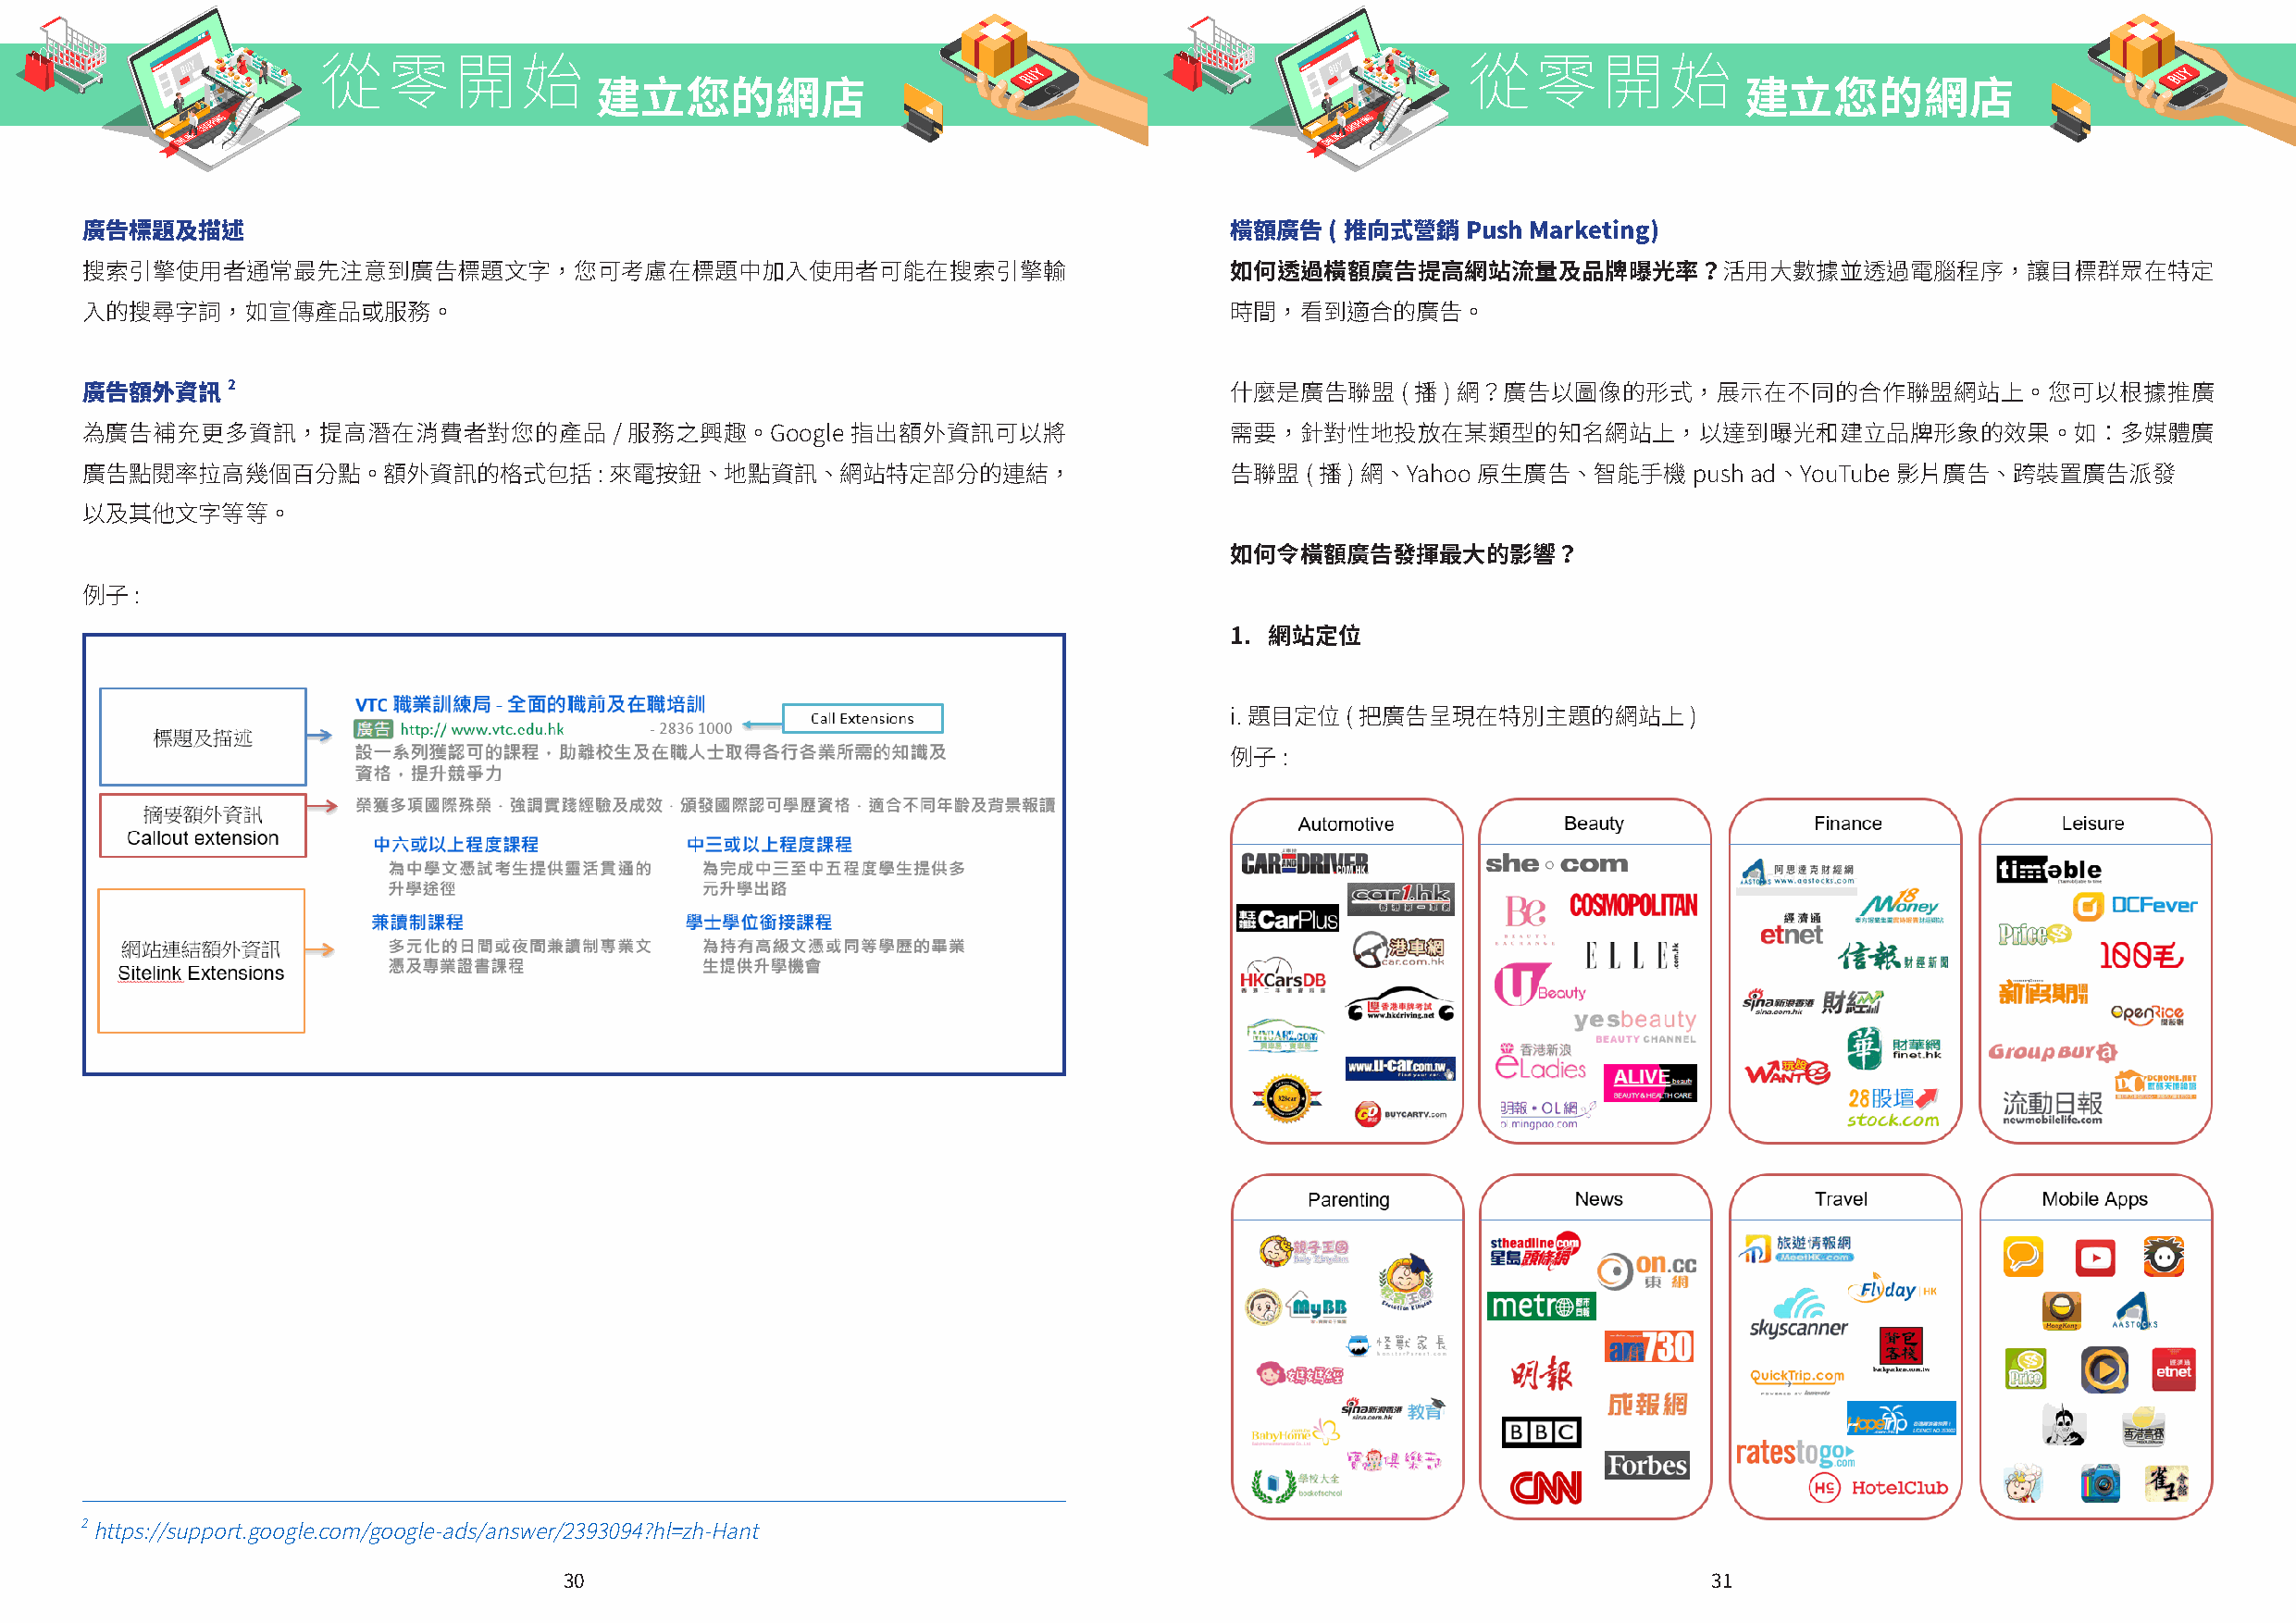
從零開始                                                                              從零開始
 建立您的網店                                                                            建立您的網店
 廣告標題及描述                                                                           橫額廣告   ( 推向式營銷   Push Marketing)
 搜索引擎使用者通常最先注意到廣告標題文字，您可考慮在標題中加入使用者可能在搜索引擎輸                                        如何透過橫額廣告提高網站流量及品牌曝光率？活用大數據並透過電腦程序，讓目標群眾在特定
 入的搜尋字詞，如宣傳產品或服務。                                                                  時間，看到適合的廣告。
 2
 廣告額外資訊                                                                            什麼是廣告聯盟     ( 播 ) 網？廣告以圖像的形式，展示在不同的合作聯盟網站上。您可以根據推廣
 為廣告補充更多資訊，提高潛在消費者對您的產品                / 服務之興趣。Google   指出額外資訊可以將                  需要，針對性地投放在某類型的知名網站上，以達到曝光和建立品牌形象的效果。如：多媒體廣
 廣告點閱率拉高幾個百分點。額外資訊的格式包括:來電按鈕、地點資訊、網站特定部分的連結，                                       告聯盟  ( 播 ) 網、Yahoo 原生廣告、智能手機     push ad、YouTube 影片廣告、跨裝置廣告派發
 以及其他文字等等。
 如何令橫額廣告發揮最大的影響？
 例子  :
 1. 網站定位
 i. 題目定位 ( 把廣告呈現在特別主題的網站上         )
 例子  :
 2
 https://support.google.com/google-ads/answer/2393094?hl=zh-Hant
 30                                                                                31